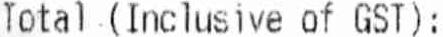
TOTAL (INCLUSIVE OF GST):